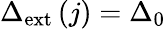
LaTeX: \Delta_{\mathrm{{ext}}}\left(j\right)=\Delta_{0}